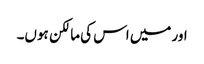
اور میں اس کی مالکن ہوں۔